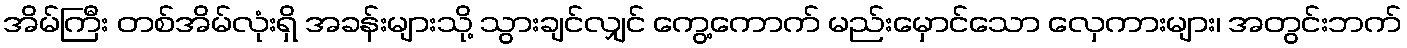
အိမ်ကြီး တစ်အိမ်လုံးရှိ အခန်းများသို့ သွားချင်လျှင် ကွေ့ကောက် မည်းမှောင်သော လှေကားများ၊ အတွင်းဘက်